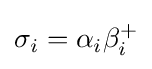
\sigma _{i}=\alpha _{i}\beta _{i}^{+}